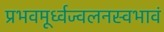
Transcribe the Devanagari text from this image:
प्रभवमूर्ध्वज्वलनस्वभावं